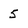
Character: 5